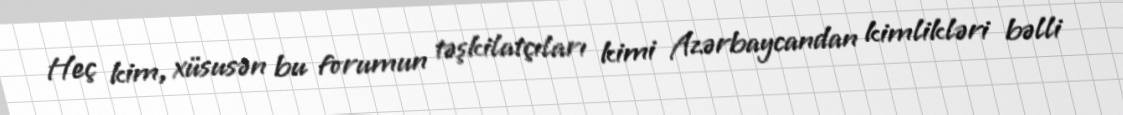
Heç kim, xüsusən bu forumun təşkilatçıları kimi Azərbaycandan kimlikləri bəlli